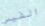
الفيس